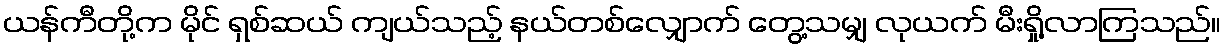
ယန်ကီတို့က မိုင် ရှစ်ဆယ် ကျယ်သည့် နယ်တစ်လျှောက် တွေ့သမျှ လုယက် မီးရှို့လာကြသည်။